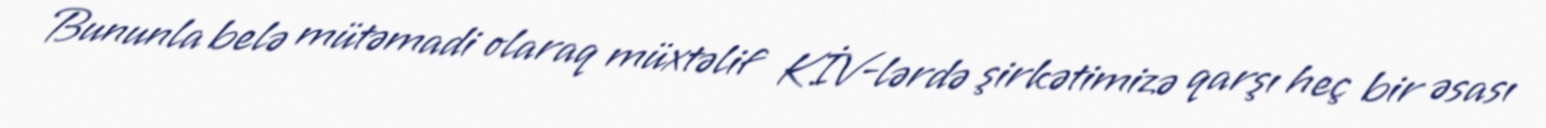
Bununla belə mütəmadi olaraq müxtəlif KİV-lərdə şirkətimizə qarşı heç bir əsası